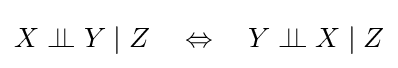
X\perp \!\!\!\perp Y\mid Z\quad \Leftrightarrow \quad Y\perp \!\!\!\perp X\mid Z